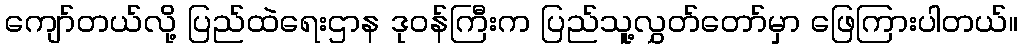
ကျော်တယ်လို့ ပြည်ထဲရေးဌာန ဒုဝန်ကြီးက ပြည်သူ့လွှတ်တော်မှာ ဖြေကြားပါတယ်။